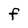
Character: F